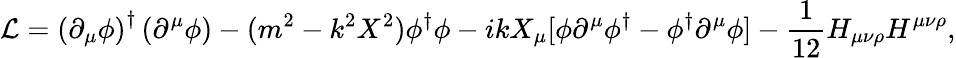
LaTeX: {\cal L}=\left(\partial_{\mu}\phi\right)^{\dagger}\left(\partial^{\mu}\phi\right)-(m^{2}-k^{2}X^{2})\phi^{\dagger}\phi-ikX_{\mu}[\phi\partial^{\mu}\phi^{\dagger}-\phi^{\dagger}\partial^{\mu}\phi]-\frac{1}{12}H_{\mu\nu\rho}H^{\mu\nu\rho},